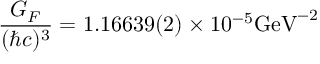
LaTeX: \frac { G _ { F } } { ( \hbar c ) ^ { 3 } } = 1 . 1 6 6 3 9 ( 2 ) \times 1 0 ^ { - 5 } \mathrm { G e V } ^ { - 2 }